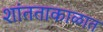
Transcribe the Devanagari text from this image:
शांतताकाळात